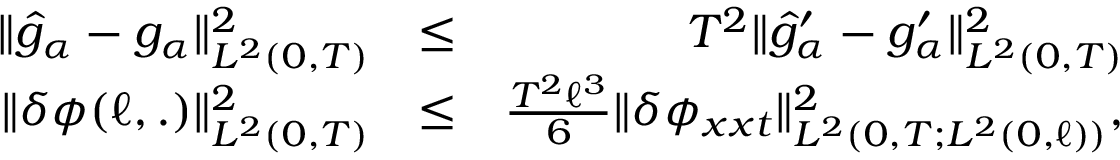
\begin{array} { r l r } { \Vert \widehat { g } _ { \alpha } - g _ { \alpha } \Vert _ { L ^ { 2 } ( 0 , T ) } ^ { 2 } } & { \leq } & { T ^ { 2 } \Vert \widehat { g } _ { \alpha } ^ { \prime } - g _ { \alpha } ^ { \prime } \Vert _ { L ^ { 2 } ( 0 , T ) } ^ { 2 } } \\ { \Vert \delta \phi ( \ell , . ) \Vert _ { L ^ { 2 } ( 0 , T ) } ^ { 2 } } & { \leq } & { \frac { T ^ { 2 } \ell ^ { 3 } } { 6 } \Vert \delta \phi _ { x x t } \Vert _ { L ^ { 2 } ( 0 , T ; L ^ { 2 } ( 0 , \ell ) ) } ^ { 2 } , } \end{array}